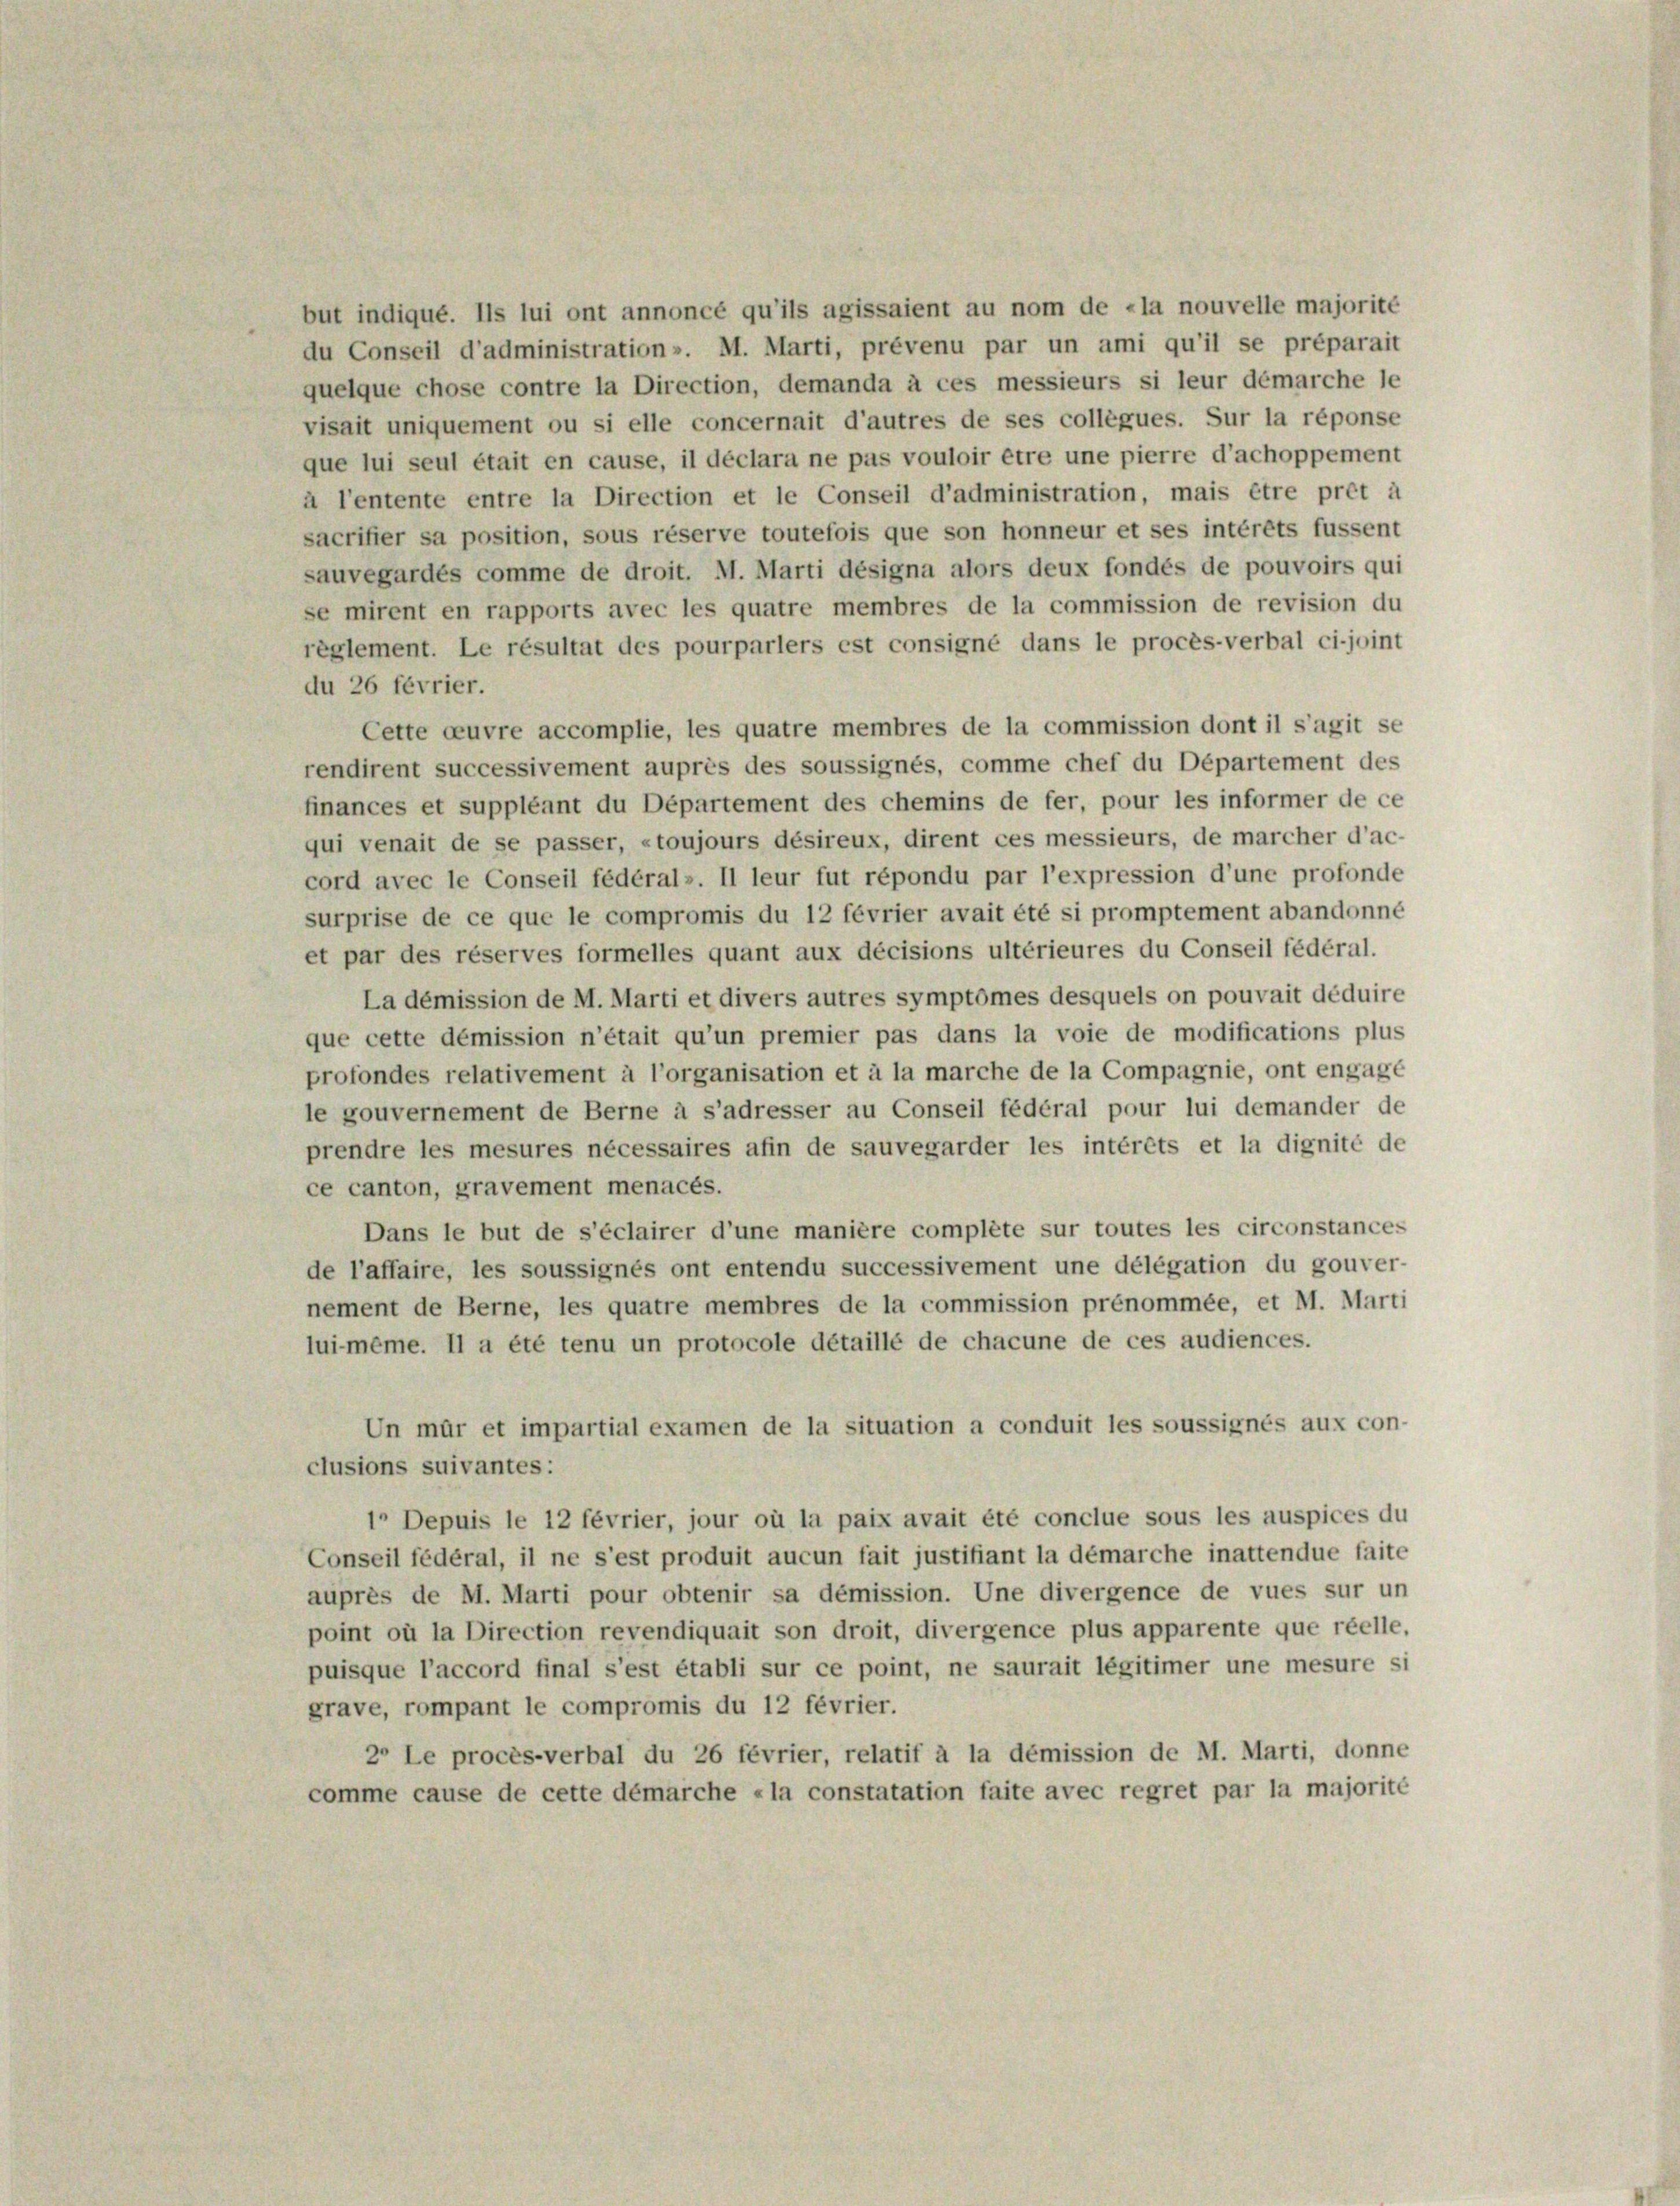
quelque chose contre la Direction, demanda à ces messieurs si leur démarche le
visait uniquement ou si elle concernait d’autres de ses collègues. Sur la réponse
que lui seul était en cause, il déclara ne pas vouloir être une pierre d’achoppement
à l’entente entre la Direction et le Conseil d’administration, mais être prêt à
sacrifier sa position, sous réserve toutefois que son honneur et ses intérêts fussent
sauvegardés comme de droit. M. Marti désigna alors deux fondés de pouvoirs qui
se mirent en rapports avec les quatre membres de la commission de revision du
règlement. Le résultat des pourpariers est consigne dans le procès-verbal ci-joint
du 26 février.
Cette ceuvre accomplie, les quatre membres de la commission dont il s’agit se
rendirent successivement auprès des soussignés, comme chef du Departement des
finances et suppléant du Departement des chemins de fer, pour les informer de ce
qui venait de se passer, »toujours désireux, dirent ces messieurs, de marcher d’ac-
cord avec le Conseil fédéral». Il leur fut répondu par l’expression d’une profonde
surprise de ce que le compromis du 12 février avait été si promptement abandonne
et par des réserves formelles quant aux décisions ultérieures du Conseil fédéral.
La démission de M. Marti et divers autres symptomes desquels on pouvait déduire
que cette démission n’était qu’un premier pas dans la voie de modifications plus
profondes relativement à l’organisation et à la marche de la Compagnie, ont engage
le gouvernement de Berne à s’adresser au Conseil fédéral pour lui demander de
prendre les mesures nécessaires afin de sauvegarder les intérêts et la dignité de
ce canton, gravement menacés.
Dans le but de s’éclairer d’une manière complete sur toutes les circonstances
de l’affaire, les soussignés ont entendu successivement une délégation du gouver-
nement de Berne, les quatre membres de la commission prénommée, et M. Marti
lui-même. Il a été tenu un protocole détaillé de chacune de ces audiences.
Un mur et impartial examen de la situation a conduit les soussignés aux con-
clusions suivantes:
1° Depuis le 12 février, jour où la paix avait été conclue sous les auspices du
Conseil fédéral, il ne s’est produit aucun fait justifiant la démarche inattendue faite
auprès de M. Marti pour obtenir sa démission. Une divergence de vues sur un
point où la Direction revendiquait son droit, divergence plus apparente que réelle,
puisque l’accord final s’est établi sur ce point, ne saurait légitimer une mesure si
grave, rompant le compromis du 12 février.
2° Le procès-verbal du 26 février, relatif à la démission de M. Marti, donne
comme cause de cette démarche «la constatation faite avec regret par la majorité

but indiqué. Ils lui ont annonce qu’ils agissaient au nom de «la nouvelle majorité
du Conseil d’administration». M. Marti, prévenu par un ami qu’il se préparait